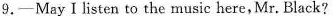
9.——May Ⅰlisten to the music here,Mr. Black?